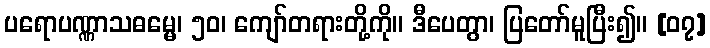
ပရောပဏ္ဏာသဓမ္မေ၊ ၅၀၊ ကျော်တရားတို့ကို။ ဒီပေတွာ၊ ပြတော်မူပြီး၍။ [၀၇]